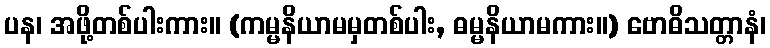
ပန၊ အဖို့တစ်ပါးကား။ (ကမ္မနိယာမမှတစ်ပါး, ဓမ္မနိယာမကား။) ဗောဓိသတ္တာနံ၊